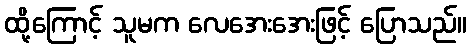
ထို့ကြောင့် သူမက လေအေးအေးဖြင့် ပြောသည်။